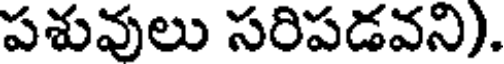
పశువులు సరిపడవని).